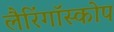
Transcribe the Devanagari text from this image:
लैरिंगॉस्कोप